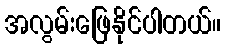
အလွမ်းဖြေနိုင်ပါတယ်။